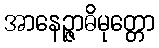
အာနေဉ္ဇာဓိမုတ္တော